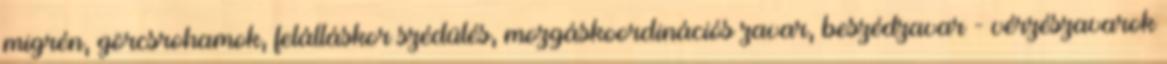
migrén, görcsrohamok, felálláskor szédülés, mozgáskoordinációs zavar, beszédzavar - vérzészavarok